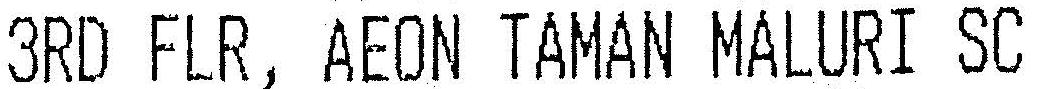
3RD FLR, AEON TAMAN MALURI SC